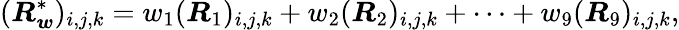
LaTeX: (\boldsymbol{R}_{\boldsymbol{w}}^{*})_{i,j,k}=w_{1}(\boldsymbol{R}_{1})_{i,j,k}+w_{2}(\boldsymbol{R}_{2})_{i,j,k}+\cdots+w_{9}(\boldsymbol{R}_{9})_{i,j,k},